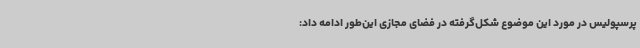
پرسپولیس در مورد این موضوع شکل‌گرفته در فضای مجازی این‌طور ادامه داد: